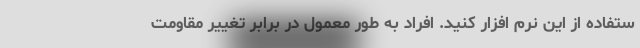
ستفاده از این نرم افزار کنید. افراد به طور معمول در برابر تغییر مقاومت